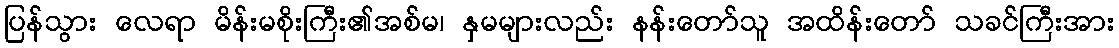
ပြန်သွား လေရာ မိန်းမစိုးကြီး၏အစ်မ၊ နှမများလည်း နန်းတော်သူ အထိန်းတော် သခင်ကြီးအား